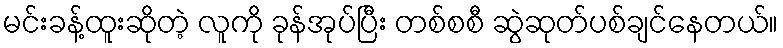
မင်းခန့်ထူးဆိုတဲ့ လူကို ခုန်အုပ်ပြီး တစ်စစီ ဆွဲဆုတ်ပစ်ချင်နေတယ်။